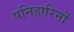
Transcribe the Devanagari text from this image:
पनिहारिनों